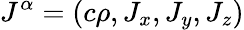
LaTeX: J^{\alpha}=\left(c\rho,J_{x},J_{y},J_{z}\right)